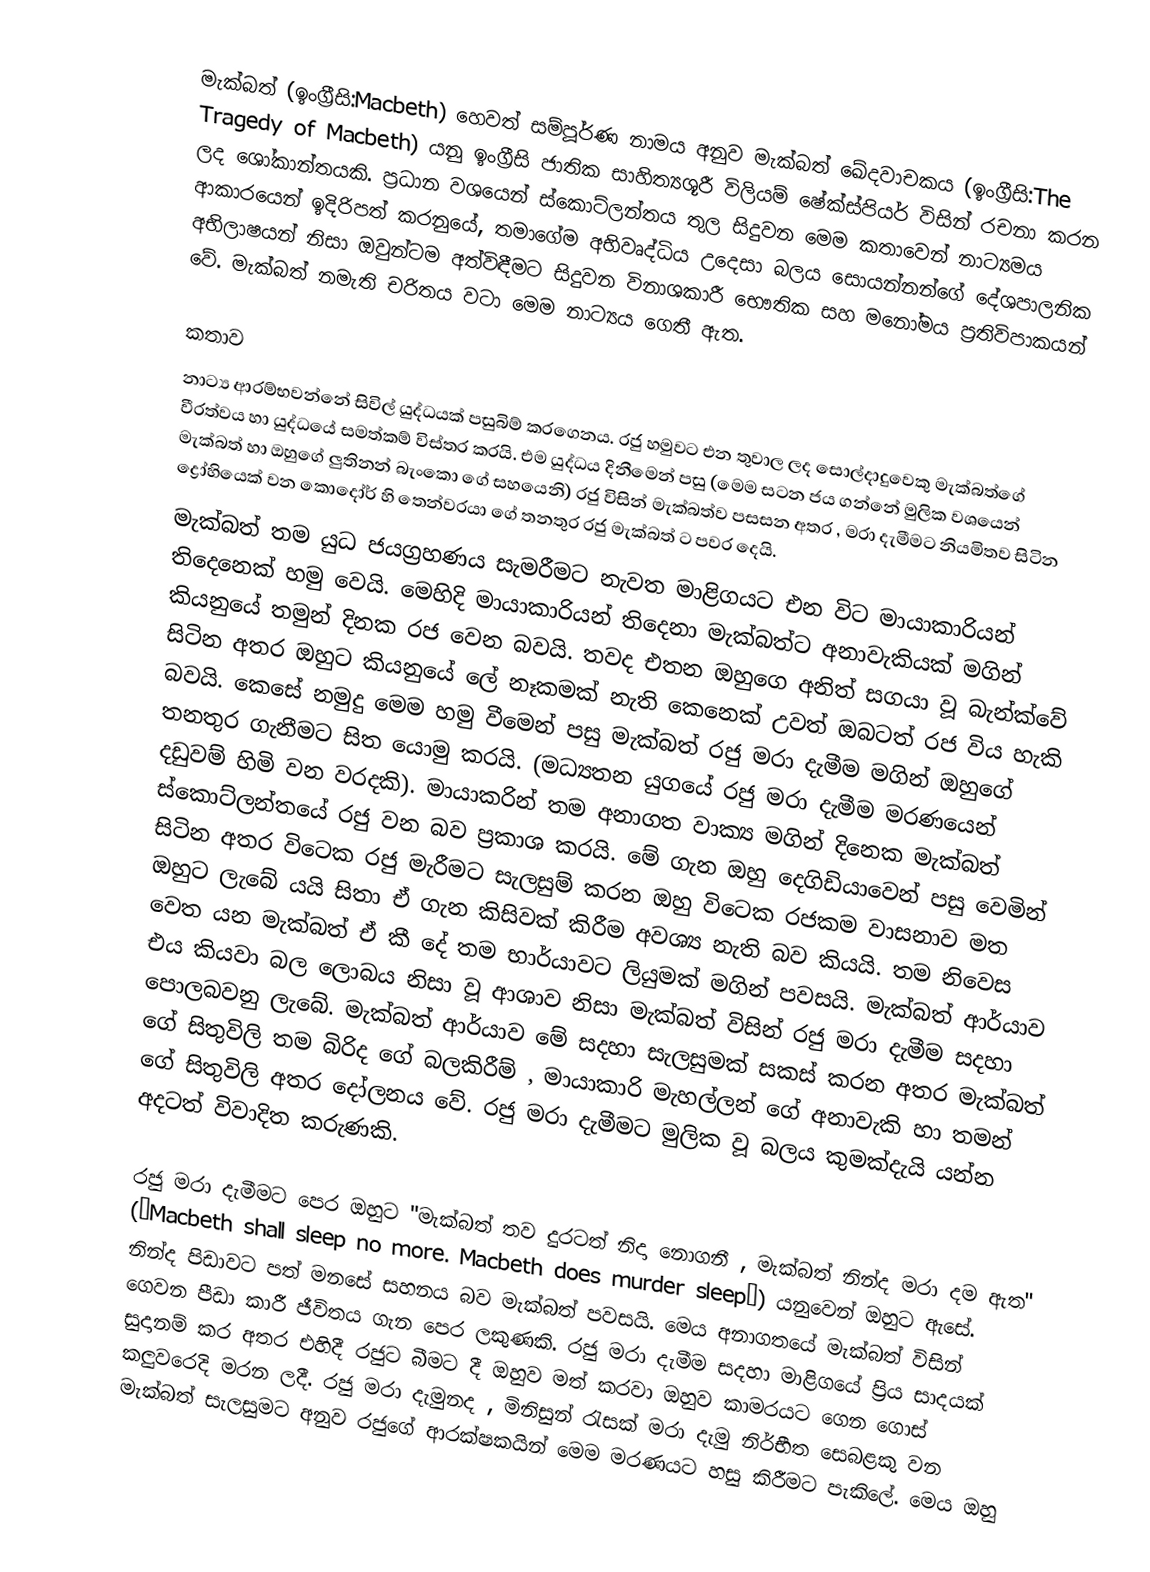
මැක්බත් (ඉංග්‍රීසි:Macbeth) හෙවත් සම්පූර්ණ නාමය අනුව මැක්බත් ඛේදවාචකය (ඉංග්‍රීසි:The Tragedy of Macbeth) යනු ඉංග්‍රීසි ජාතික සාහිත්‍යශූරී විලියම් ෂේක්ස්පියර් විසින් රචනා කරන ලද ශෝකාන්තයකි. ප්‍රධාන වශයෙන් ස්කොට්ලන්තය තුල සිදුවන මෙම කතාවෙන් නාට්‍යමය ආකාරයෙන් ඉදිරිපත් කරනුයේ, තමාගේම අභිවෘද්ධිය උදෙසා බලය සොයන්නන්ගේ දේශපාලනික අභිලාෂයන් නිසා ඔවුන්ටම අත්විඳීමට සිදුවන විනාශකාරී භෞතික සහ මනෝමය ප්‍රතිවිපාකයන් වේ. මැක්බත් නමැති චරිතය වටා මෙම නාට්‍යය ගෙතී ඇත.

කතාව
නාට්‍ය ආරම්භවන්නේ සිවිල් යුද්ධයක් පසුබිම් කරගෙනය. රජු හමුවට එන තුවාල ලද සොල්දාදුවෙකු මැක්බත්ගේ වීරත්වය හා යුද්ධයේ සමත්කම් විස්තර කරයි. එම යුද්ධය දිනීමෙන් පසු (මෙම සටන ජය ගන්නේ මුලික වශයෙන් මැක්බත් හා ඔහුගේ ලුතිනන් බැංකො ගේ සහයෙනි) රජු විසින් මැක්බත්ව පසසන අතර , මරා දැමීමට නියමිතව සිටින ද්‍රෝහියෙක් වන කොදෝර් හි තෙන්වරයා ගේ තනතුර රජු මැක්බත් ට පවර දෙයි.
මැක්බත් තම යුධ ජයග්‍රහණය සැමරීමට නැවත මාළිගයට එන විට මායාකාරියන් තිදෙනෙක් හමු වෙයි. මෙහිදි මායාකාරියන් තිදෙනා මැක්බත්ට අනාවැකියක් මගින් කියනුයේ තමුන් දිනක රජ වෙන බවයි. තවද එතන ඔහුගෙ අනිත් සගයා වූ බැන්ක්වේ සිටින අතර ඔහුට කියනුයේ ලේ නෑකමක් නැති කෙනෙක් උවත් ඔබටත් රජ විය හැකි බවයි. කෙසේ නමුදු මෙම හමු වීමෙන් පසු මැක්බත් රජු මරා දැමීම මගින් ඔහුගේ තනතුර ගැනීමට සිත යොමු කරයි. (මධ්‍යතන යුගයේ රජු මරා දැමීම මරණයෙන් දඩුවම් හිමි වන වරදකි). මායාකරින් තම අනාගත වාක්‍ය මගින් දිනෙක මැක්බත් ස්කොට්ලන්තයේ රජු වන බව ප්‍රකාශ කරයි. මේ ගැන ඔහු දෙගිඩියාවෙන් පසු වෙමින් සිටින අතර විටෙක රජු මැරීමට සැලසුම් කරන ඔහු විටෙක රජකම වාසනාව මත ඔහුට ලැබේ යයි සිතා ඒ ගැන කිසිවක් කිරීම අවශ්‍ය නැති බව කියයි. තම නිවෙස වෙත යන මැක්බත් ඒ කී දේ තම භාර්යාවට ලියුමක් මගින් පවසයි. මැක්බත් ආර්යාව එය කියවා බල ලොබය  නිසා වූ ආශාව නිසා මැක්බත්  විසින් රජු මරා දැමීම සදහා පොලබවනු ලැබේ. මැක්බත් ආර්යාව මේ සදහා සැලසුමක් සකස් කරන අතර මැක්බත් ගේ සිතුවිලි තම බිරිද ගේ බලකිරීම් , මායාකාරි මැහල්ලන් ගේ අනාවැකි හා තමන් ගේ සිතුවිලි අතර දෝලනය වේ. රජු මරා දැමීමට මුලික වූ බලය කුමක්දැයි යන්න අදටත් විවාදිත කරුණකි.

රජු මරා දැමීමට පෙර ඔහුට "මැක්බත් තව දුරටත් නිදා නොගනී , මැක්බත් නින්ද මරා දම ඇත" (“Macbeth shall sleep no more. Macbeth does murder sleep”) යනුවෙන් ඔහුට ඇසේ. නින්ද පිඩාවට පත් මනසේ සහනය බව මැක්බත් පවසයි. මෙය අනාගතයේ මැක්බත් විසින් ගෙවන පීඩා කාරී ජීවිතය ගැන පෙර ලකුණකි. රජු මරා දැමීම සදහා මාළිගයේ ප්‍රිය සාදයක් සුදානම් කර අතර එහිදී රජුට බීමට දී ඔහුව මත් කරවා ඔහුව කාමරයට ගෙන ගොස් කලුවරෙදි මරන ලදී. රජු මරා දැමුනද , මිනිසුන් රැසක් මරා දැමු නිර්භීත සෙබළකු වන මැක්බත් සැලසුමට අනුව රජුගේ ආරක්ෂකයින් මෙම මරණයට හසු කිරීමට පැකිලේ. මෙය ඔහු